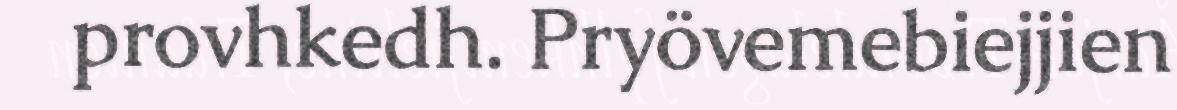
provhkedh. Pryövemebiejjien